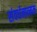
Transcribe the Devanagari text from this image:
संवर्धनात्‍मक